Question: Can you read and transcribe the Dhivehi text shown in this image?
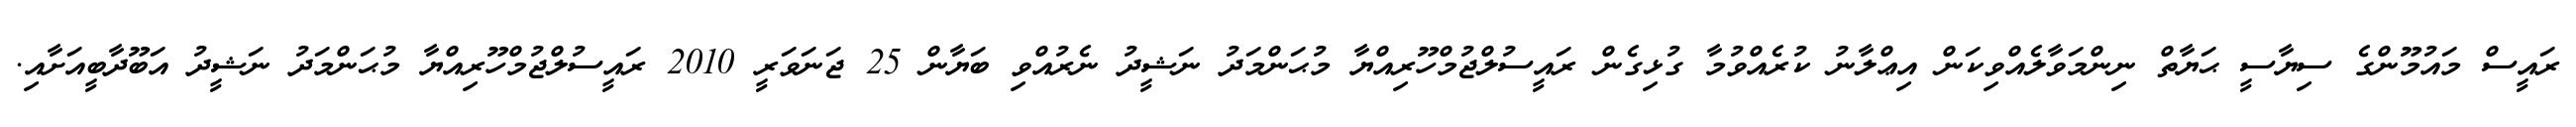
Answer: ރައީސް މައުމޫންގެ ސިޔާސީ ޙަޔާތް ނިންމަވާލެއްވިކަން އިޢްލާނު ކުރެއްވުމާ ގުޅިގެން ރައީސުލްޖުމްހޫރިއްޔާ މުޙަންމަދު ނަޝީދު ނެރުއްވި ބަޔާން 25 ޖަނަވަރީ 2010 ރައީސުލްޖުމްހޫރިއްޔާ މުޙަންމަދު ނަޝީދު އަބޫދާބީއަށާއި.